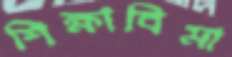
শিক্ষাবিমা